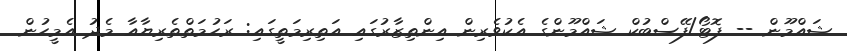
ޝައްމޫން -- ފޮޓޯ/ފޭސްބުކް ޝައްމޫންގެ އެކުވެރިން އިންތިޒާރުގައި އަތިރިމަތީގައި: ރަހުމަތްތެރިޔާއާ މެދު އެމީހުން